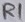
Text: R1